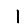
Digit: 1